Madras marine plague regulations
Disease focus: Plague
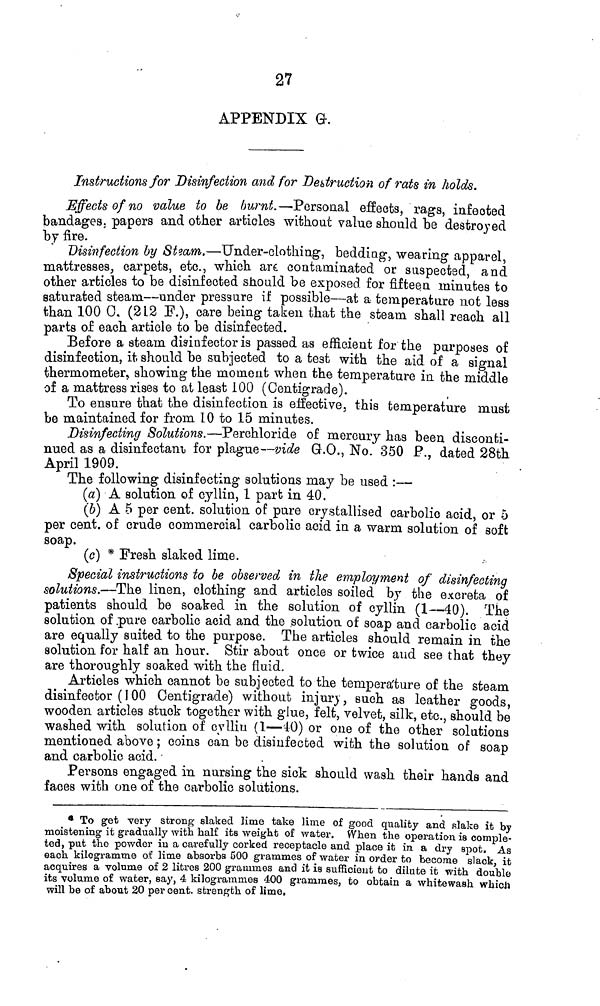
27
APPENDIX G.
Instructions for Disinfection and for Destruction of rats in holds.
Effects of no value to be burnt.— Personal effects, rags, infected
bandages, papers and other articles without value should be destroyed
by fire.
Disinfection by Steam.—Under-clothing, bedding, wearing apparel,
mattresses, carpets, etc., which are contaminated or suspected, and
other articles to be disinfected should be exposed for fifteen minutes to
saturated steam—under pressure if possible—at a temperature not less
than 100 0. (212 F.), care being taken that the steam shall reach all
parts of each article to be disinfected.
Before
a steam disinfector is passed as efficient for the purposes of
disinfection, it should be subjected to a test with the aid of a signal
thermometer, showing the moment when the temperature in the middle
of a mattress rises to at least 100 (Centigrade).
To ensure that the disinfection is effective, this temperature must
be maintained for from 10 to 15 minutes.
Disinfecting Solutions.—Perchloride of mercury has been disconti-
nued as a disinfectant, for plague—vide G.O., No. 350 P., dated 28th
April 1909.
The following disinfecting solutions may be used :—
(a) A solution of cyllin, 1 part in 40.
(b) A 5 per cent, solution of pure crystallised carbolic acid, or 5
per cent, of crude commercial carbolic acid in a warm solution of soft
soap.
(c) * Fresh slaked lime.
Special instructions to be observed in the employment of disinfecting
solutions.—The linen, clothing and articles soiled by the excreta of
patients should be soaked in the solution of cyllin (1—40). The
solution of pure carbolic acid and the solution of soap and carbolic acid
are equally suited to the purpose. The articles should remain in the
solution for half an hour. Stir about once or twice and see that they
are thoroughly soaked with the fluid.
Articles which cannot be subjected to the temperature of the steam
disinfector (100 Centigrade) without injury, such as leather goods,
wooden articles stuck together with glue, felt, velvet, silk, etc., should be
washed with solution of cylliu (1—40) or one of the other solutions
mentioned above ; coins can be disinfected with the solution of soap
and carbolic acid.
Persons engaged in nursing the sick should wash their hands and
faces with one of the carbolic solutions.
* To get very strong slaked lime take lime of good quality and slake it by
moistening it gradually with half its weight of water. When the operation is comple-
ted, put the powder in a carefully corked receptacle and place it in a dry spot. As
each kilogramme of lime absorbs 500 grammes of water in order to become slack, it
acquires a volume of 2 litres 200 grammes and it is sufficient to dilute ic with double
its volume of water, say, 4 kilogrammes 400 grammes, to obtain a whitewash which
will be of about 20 per cent, strength of lime,